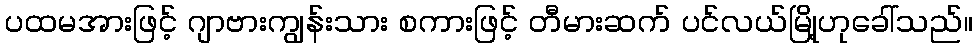
ပထမအားဖြင့် ဂျာဗားကျွန်းသား စကားဖြင့် တီမားဆက် ပင်လယ်မြို့ဟုခေါ်သည်။